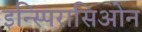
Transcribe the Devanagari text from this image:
इन्स्पिरासिओन